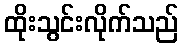
ထိုးသွင်းလိုက်သည်